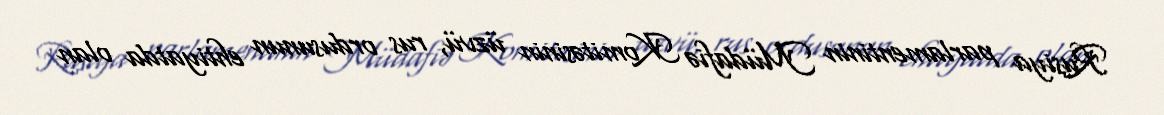
Rusiya parlamentinin Müdafiə Komitəsinin üzvü, rus ordusunun ehtiyatda olan